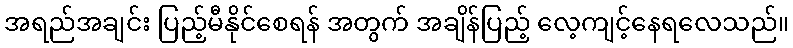
အရည်အချင်း ပြည့်မီနိုင်စေရန် အတွက် အချိန်ပြည့် လေ့ကျင့်နေရလေသည်။